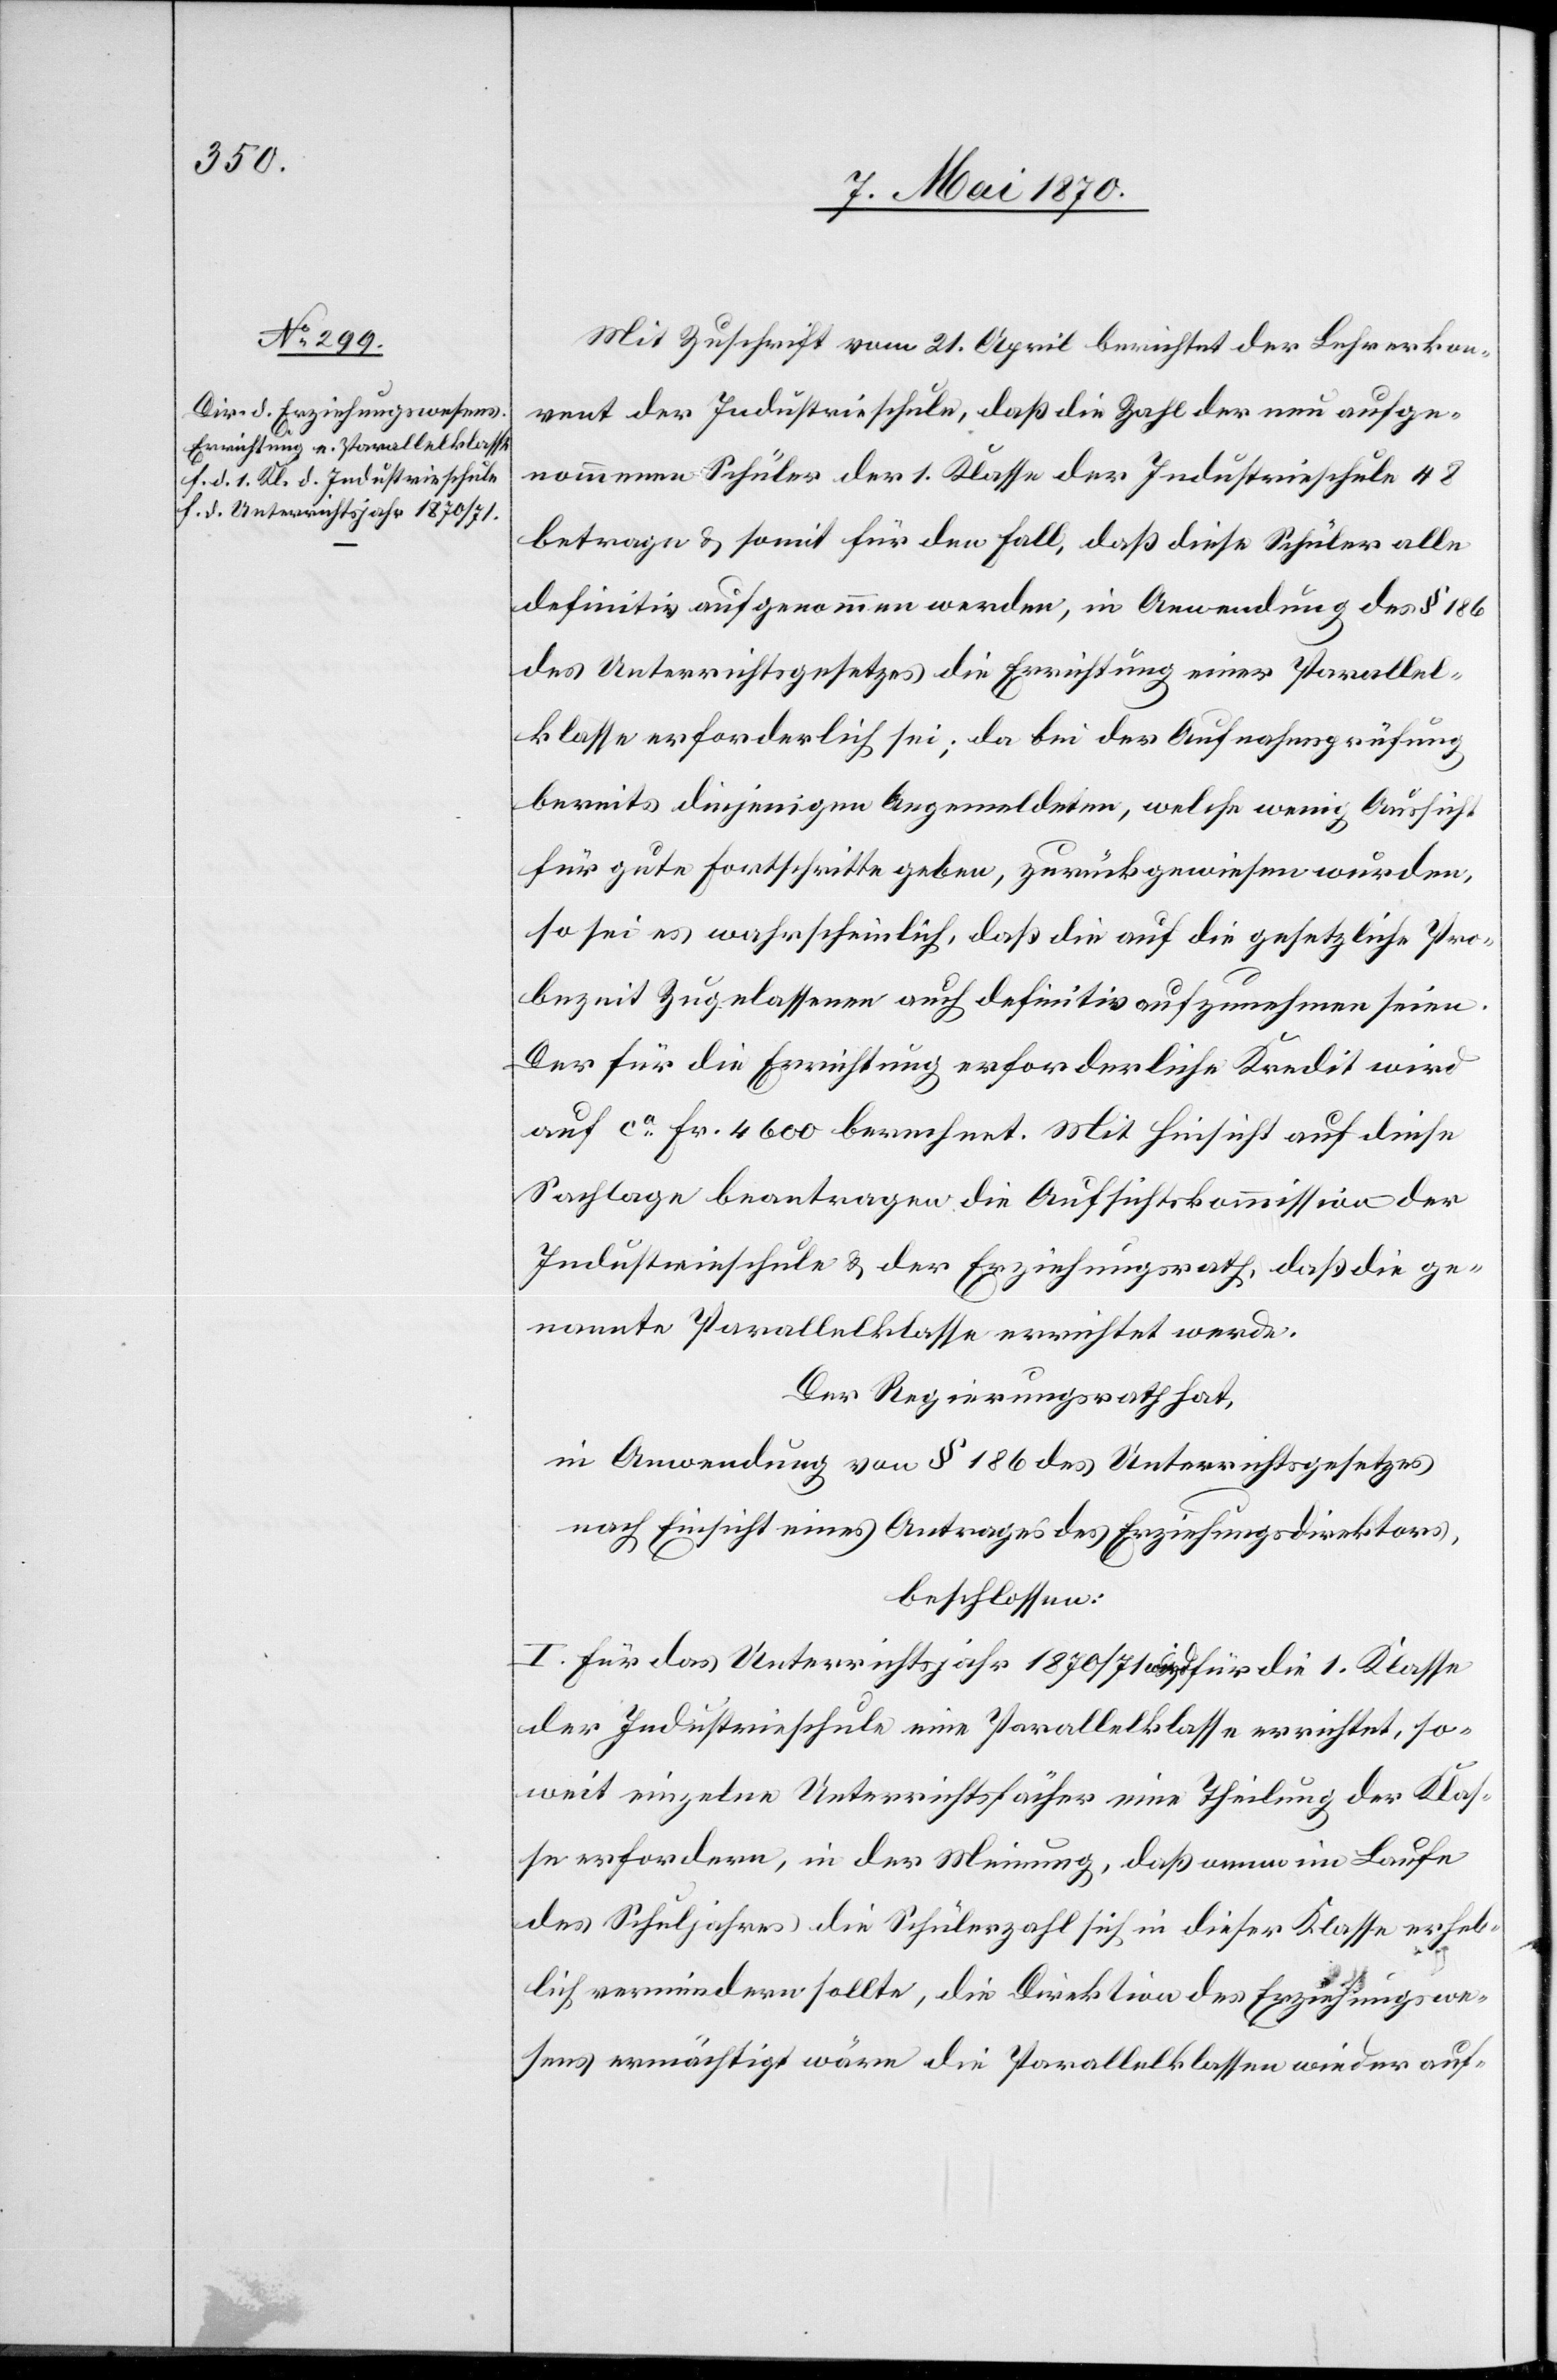
Mit Zuschrift vom 21. April berichtet der Lehrerkon¬
vent der Industrieschule, daß die Zahl der neu aufge¬
nommenen Schüler der 1. Klasse der Industrieschule 48
betrage & somit für den Fall, daß diese Schüler alle
definitiv aufgenommen werden, in Anwendung des § 186
des Unterrichtsgesetzes die Errichtung einer Parallel¬
klasse erforderlich sei; da bei der Aufnahmsprüfung
bereits diejenigen Angemeldeten, welche wenig Aussicht
für gute Fortschritte geben, zurückgewiesen wurden,
so sei es wahrscheinlich, daß die auf die gesetzliche Pro¬
bezeit zugelassenen auch definitiv aufzunehmen seien.
Der für die Errichtung erforderliche Kredit wird
auf ca Fr. 4600 berechnet. Mit Hinsicht auf diese
Sachlage beantragen die Aufsichtskommission der
Industrieschule & der Erziehungsrath, daß die ge¬
nannte Parallelklasse errichtet werde.
Der Regierungsrath hat,
in Anwendung von § 186 des Unterrichtsgesetzes
nach Einsicht eines Antrages der Erziehungsdirektion,
beschlossen:
I. Für das Unterrichtsjahr 1870/71 wird für die 1. Klasse
der Industrieschule eine Parallelklasse errichtet, so¬
weit einzelne Unterrichtsfächer eine Theilung der Klas¬
se erfordern, in der Meinung, daß wenn im Laufe
des Schuljahres die Schülerzahl sich in dieser Klasse erheb¬
lich vermindern sollte, die Direktion des Erziehungswe¬
sens ermächtigt wäre die Parallelklassen wieder auf-